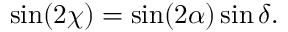
\begin{array} { r } { \sin ( 2 \chi ) = \sin ( 2 \alpha ) \sin \delta . } \end{array}